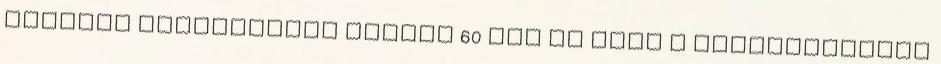
lényegi mondanivaló nélkül 60 fps és csak a képfrissítési